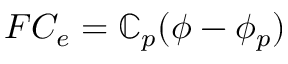
F C _ { e } = \mathbb { C } _ { p } ( \phi - \phi _ { p } )